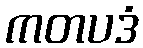
ကတပဒံ